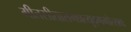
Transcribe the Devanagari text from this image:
गीतसीतारामप्रत्युद्गमोत्सवः